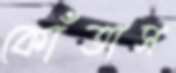
কোঁতাস